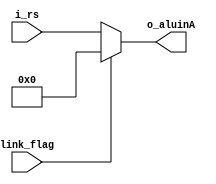
module link_alu_mux     #(
    parameter       NBITS       =   5
    )
    (
    //Entradas
    input   wire    [NBITS-1:0]     i_rs        ,
    input   wire                    link_flag   ,
    //Outputs
    output  wire    [NBITS-1:0]     o_aluinA
    );
    
    assign  o_aluinA    =   (link_flag) ? 0 : i_rs;
    
endmodule